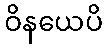
ဝိနယေပိ